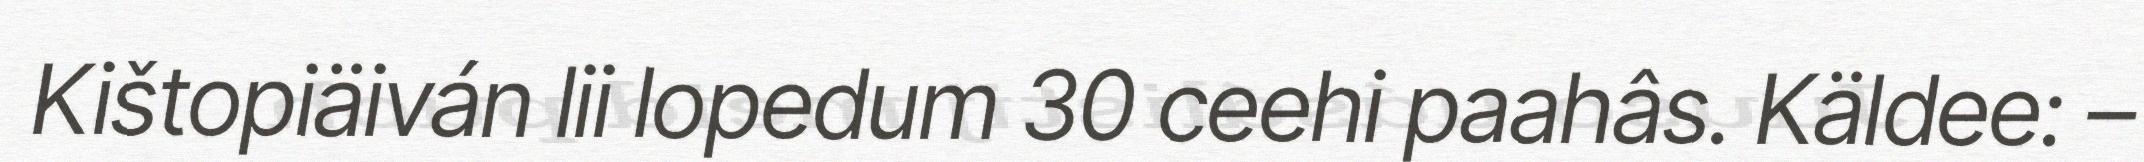
Kištopiäiván lii lopedum 30 ceehi paahâs. Käldee: –